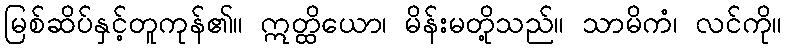
မြစ်ဆိပ်နှင့်တူကုန်၏။ ဣတ္ထိယော၊ မိန်းမတို့သည်။ သာမိကံ၊ လင်ကို။